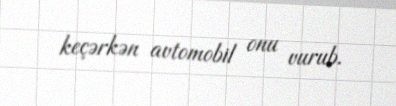
keçərkən avtomobil onu vurub.